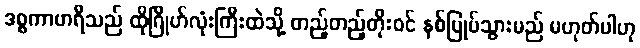
ဒစ္စကာဗာရီသည် ထိုဂြိုဟ်လုံးကြီးထဲသို့ တည့်တည့်တိုးဝင် နစ်မြုပ်သွားမည် မဟုတ်ပါဟု